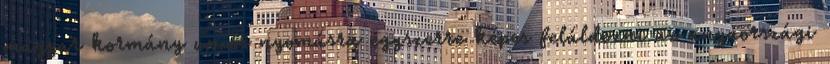
magyar kormány uniós nyomásra egyszerre képes feláldozni az anyaországi